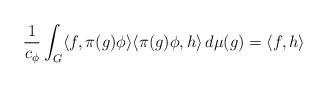
LaTeX: \begin{align*}\frac{1}{c_\phi} \int_G \langle f, \pi(g)\phi \rangle \langle \pi(g)\phi, h \rangle\,d\mu(g) = \langle f, h \rangle\end{align*}